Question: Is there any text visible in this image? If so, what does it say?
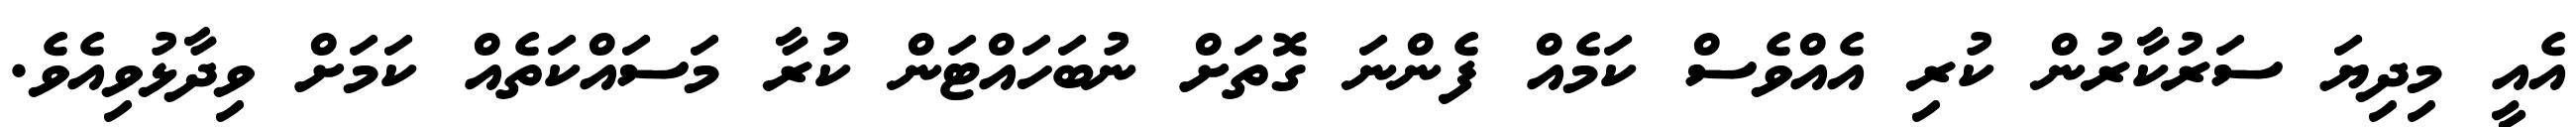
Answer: އެއީ މިދިޔަ ސަރުކާރުން ކުރި އެއްވެސް ކަމެއް ފެންނަ ގޮތަށް ނުބަހައްޓަން ކުރާ މަސައްކަތެއް ކަމަށް ވިދާޅުވިއެވެ.